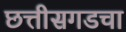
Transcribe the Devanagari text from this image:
छत्तीसगडचा